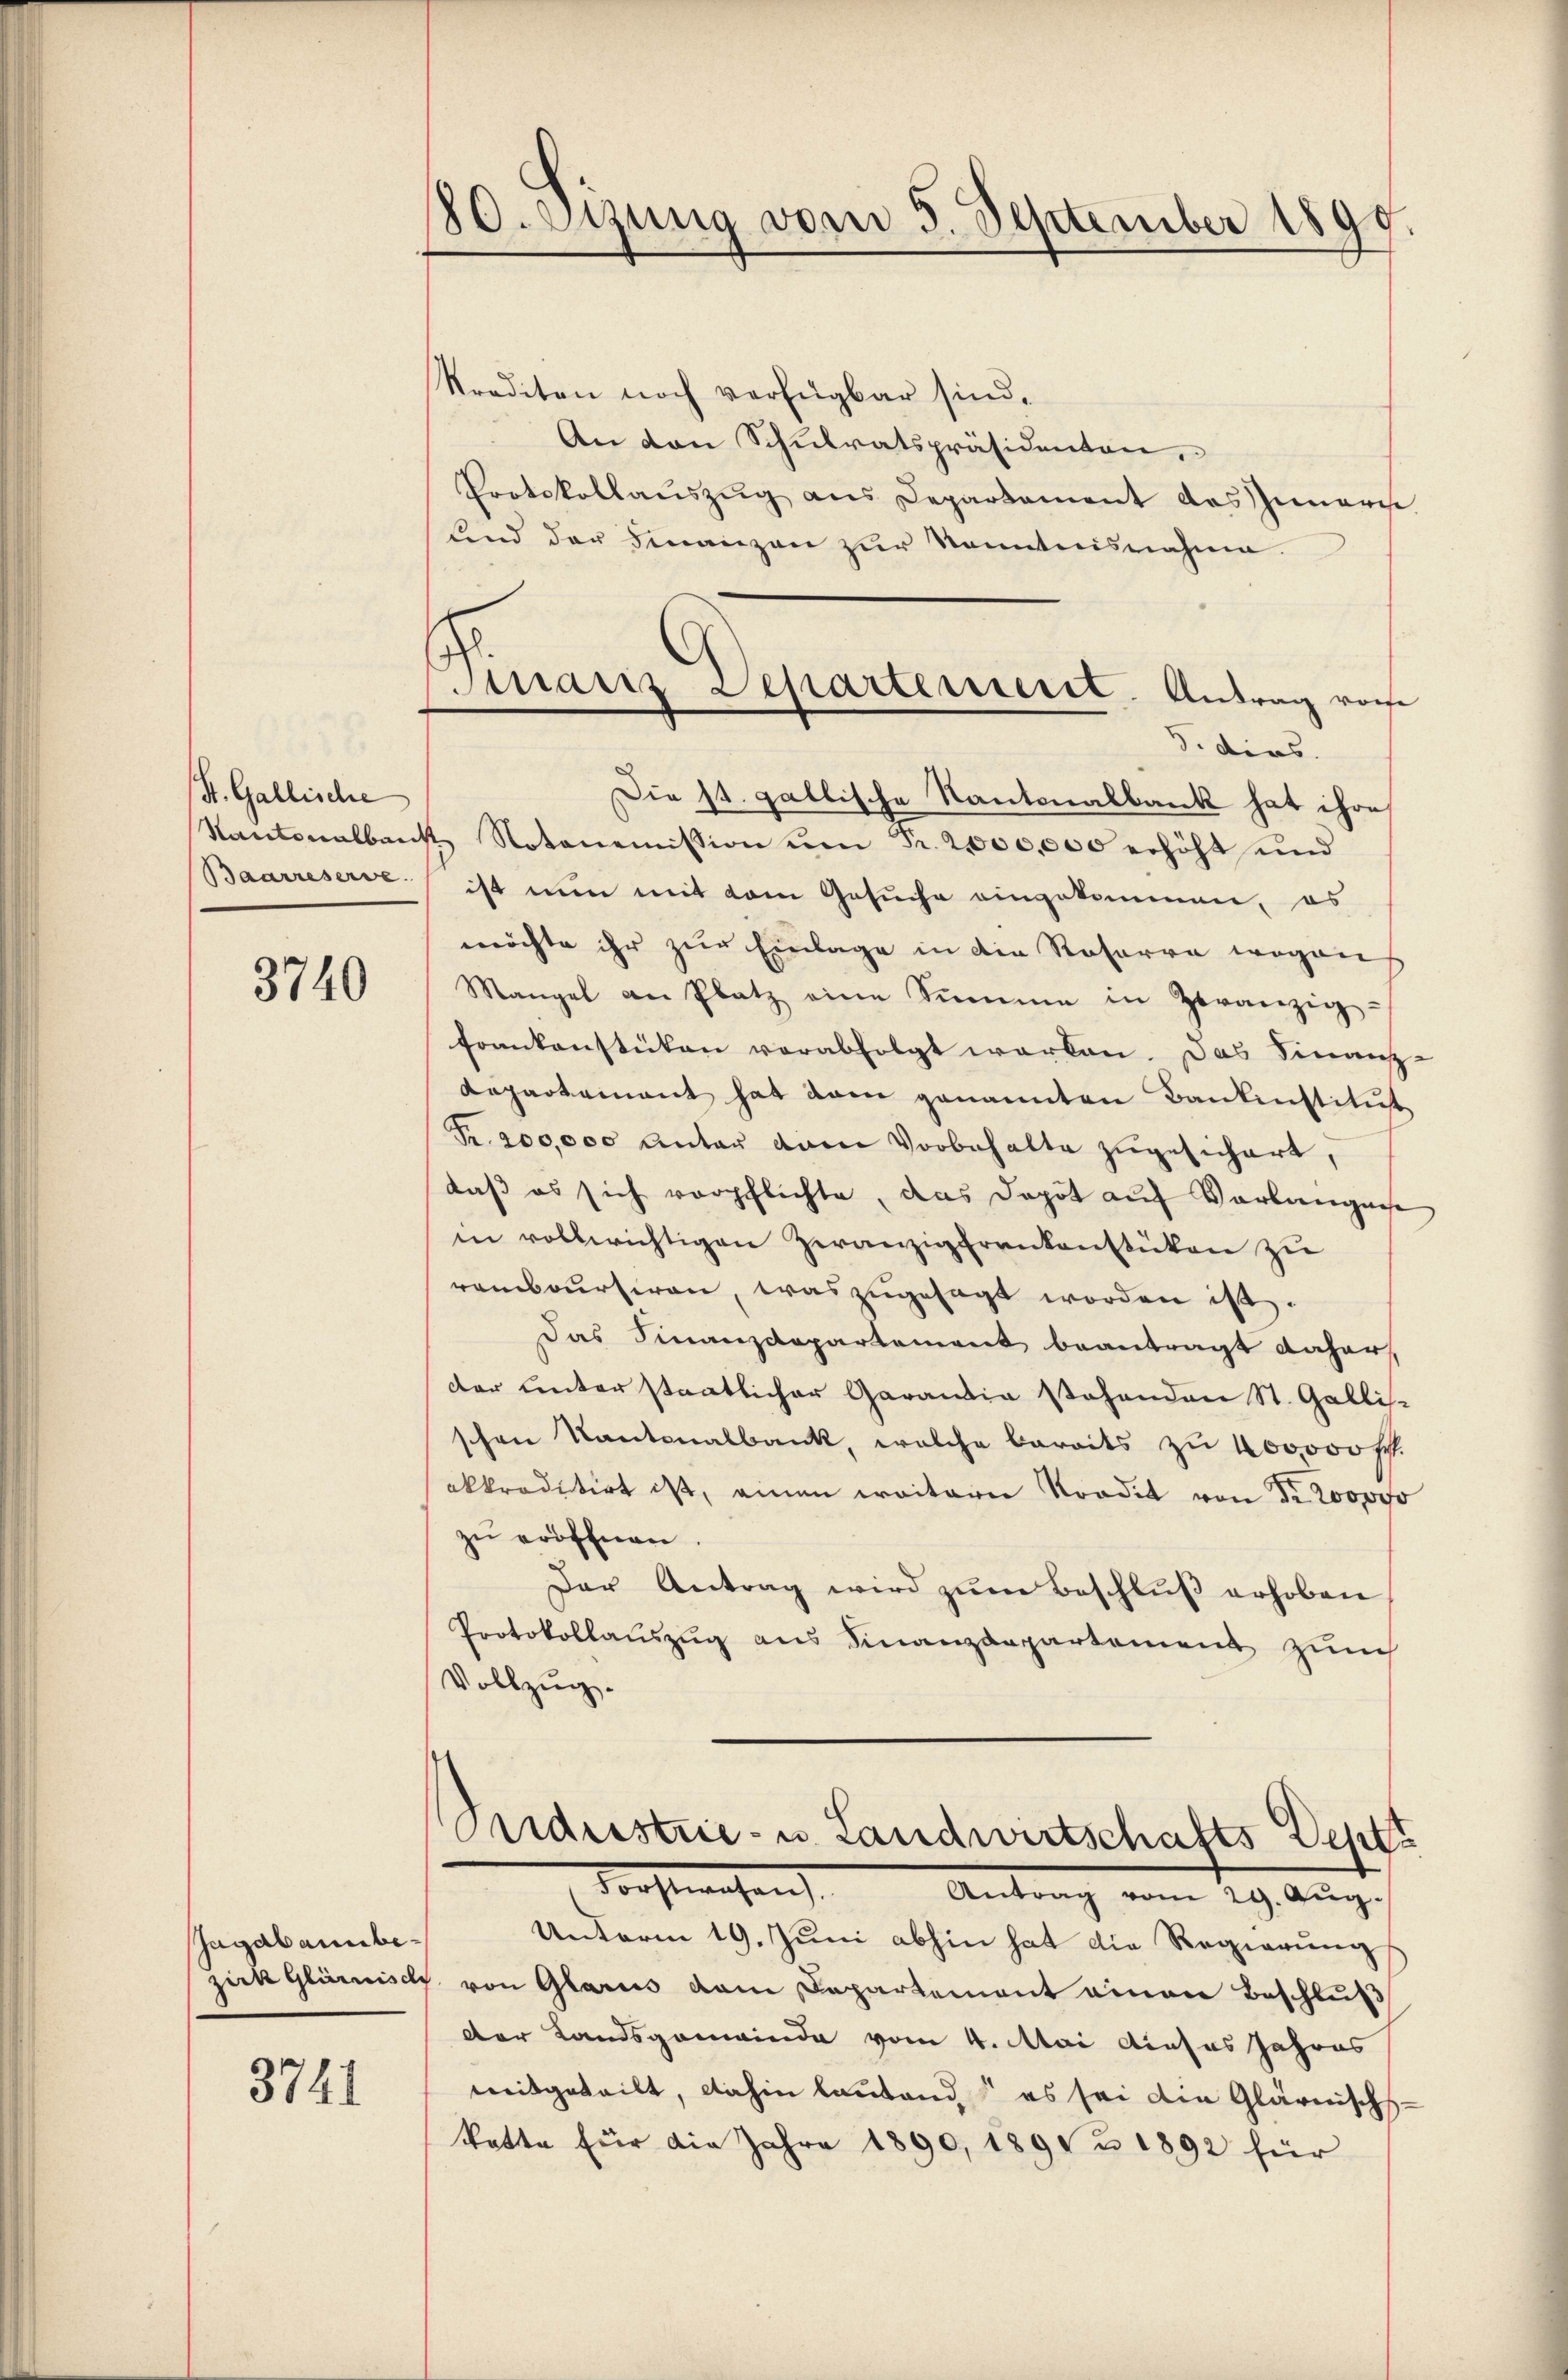
St. Gallische
Rantonalbank
Baarreserve

3740

Jagab anbezick Glarnisch

3741

80. Jung vom 3. September 1899

ranz Departerrierte. Antrag vorhe
S. ders.

Krediten noch verfügbar sind.
An den Schulratspräsidenten,
Protokollaŭszŭg ans Departament das Innern
fend der Finanzen zur Kenntnisnahme.
Die st. gallische Kantonalbank hat ihre
 Notenemission ŭm Fr. 2000,000 erhöht und
ist nun mit dem Gesuche eingekommen, es
möchte ihr zur Einlage in die Rosarre wegen
Mangel an Platz eine Summe in Zwanzig-
Frankenstücken verabfolgt werden. Das Finanz-
Reparteinant hat vom genannten Bankinstitut
Fr. 200,000 unter dem Vorbehalte zugesichert,
daß es sich verpflichte, das Depot auf Verlanguise
in vollwichtigen Heranzig frankenstücken zu
ramboursiren, was zugesagt worden ist.
Das Finanzdepartement beantragt daher,
der unterstaatlicher Garantia stehenden St. Galli-
schon Kantonalbank, welche bereits zu 400000 fr.
akkreditirt ist, einen weiterer Kondit von Fr. 200000
zu eröffnen.
Der Antrag wird zum Beschluß erhoben
Protokollauszug aus Finanzdepartement zum
Vollzug.

Cardustrie- u. Landwirtschafts Deptt
Forstwesen
Antrag vom 29. Aŭg.

Unterm 19. Juni abhin hat die Regierung
von Glarus vom Departement einen Beschluß
der Landsgemeinde vom 4. Mai dieses Jahres
mitgeteilt, dahin lautend, es sei die Glärnischs-
katte für die Jahre 1890, 1891 u 1892 für